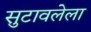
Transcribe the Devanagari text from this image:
सुटावलेला